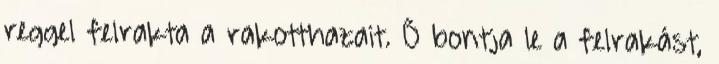
reggel felrakta a rakotthazait. Ő bontja le a felrakást,